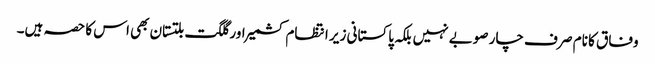
وفاق کا نام صر ف چار صوبے نہیں بلکہ پاکستانی زیر انتظام کشمیر اور گلگت بلتستان بھی اس کا حصہ ہیں۔